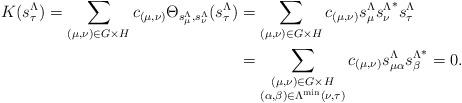
LaTeX: \begin{align*}K(s_\tau^\Lambda)=\sum_{(\mu,\nu)\in G\times H}c_{(\mu,\nu)}\Theta_{s_\mu^\Lambda , s_\nu^\Lambda}(s_\tau^\Lambda)&=\sum_{(\mu,\nu)\in G\times H}c_{(\mu,\nu)}s_\mu^\Lambda {s_\nu^\Lambda}^*s_\tau^\Lambda\\&=\sum_{\substack{(\mu,\nu)\in G\times H\\ (\alpha,\beta)\in \Lambda^{\min}(\nu,\tau)}}c_{(\mu,\nu)}s_{\mu\alpha}^\Lambda {s_\beta^\Lambda}^*=0.\end{align*}